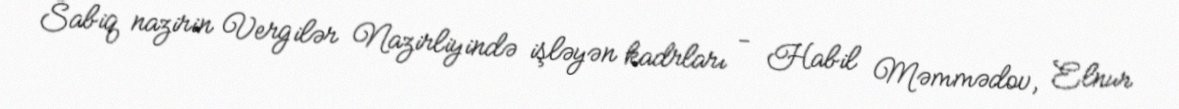
Sabiq nazirin Vergilər Nazirliyində işləyən kadrları - Habil Məmmədov, Elnur